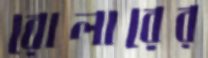
রোলারের